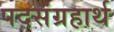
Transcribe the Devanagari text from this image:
पदसंग्रहार्थ